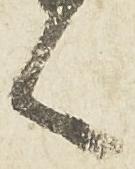
言